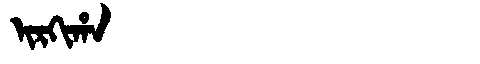
Manchu: ᡳᡵᡴᡳᡥᠠ
Romanization: IRKIHA